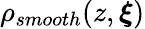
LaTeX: \rho_{smooth}(z,\boldsymbol{\xi})